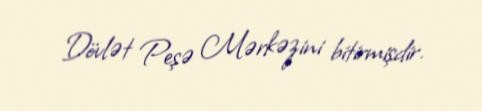
Dövlət Peşə Mərkəzini bitirmişdir.